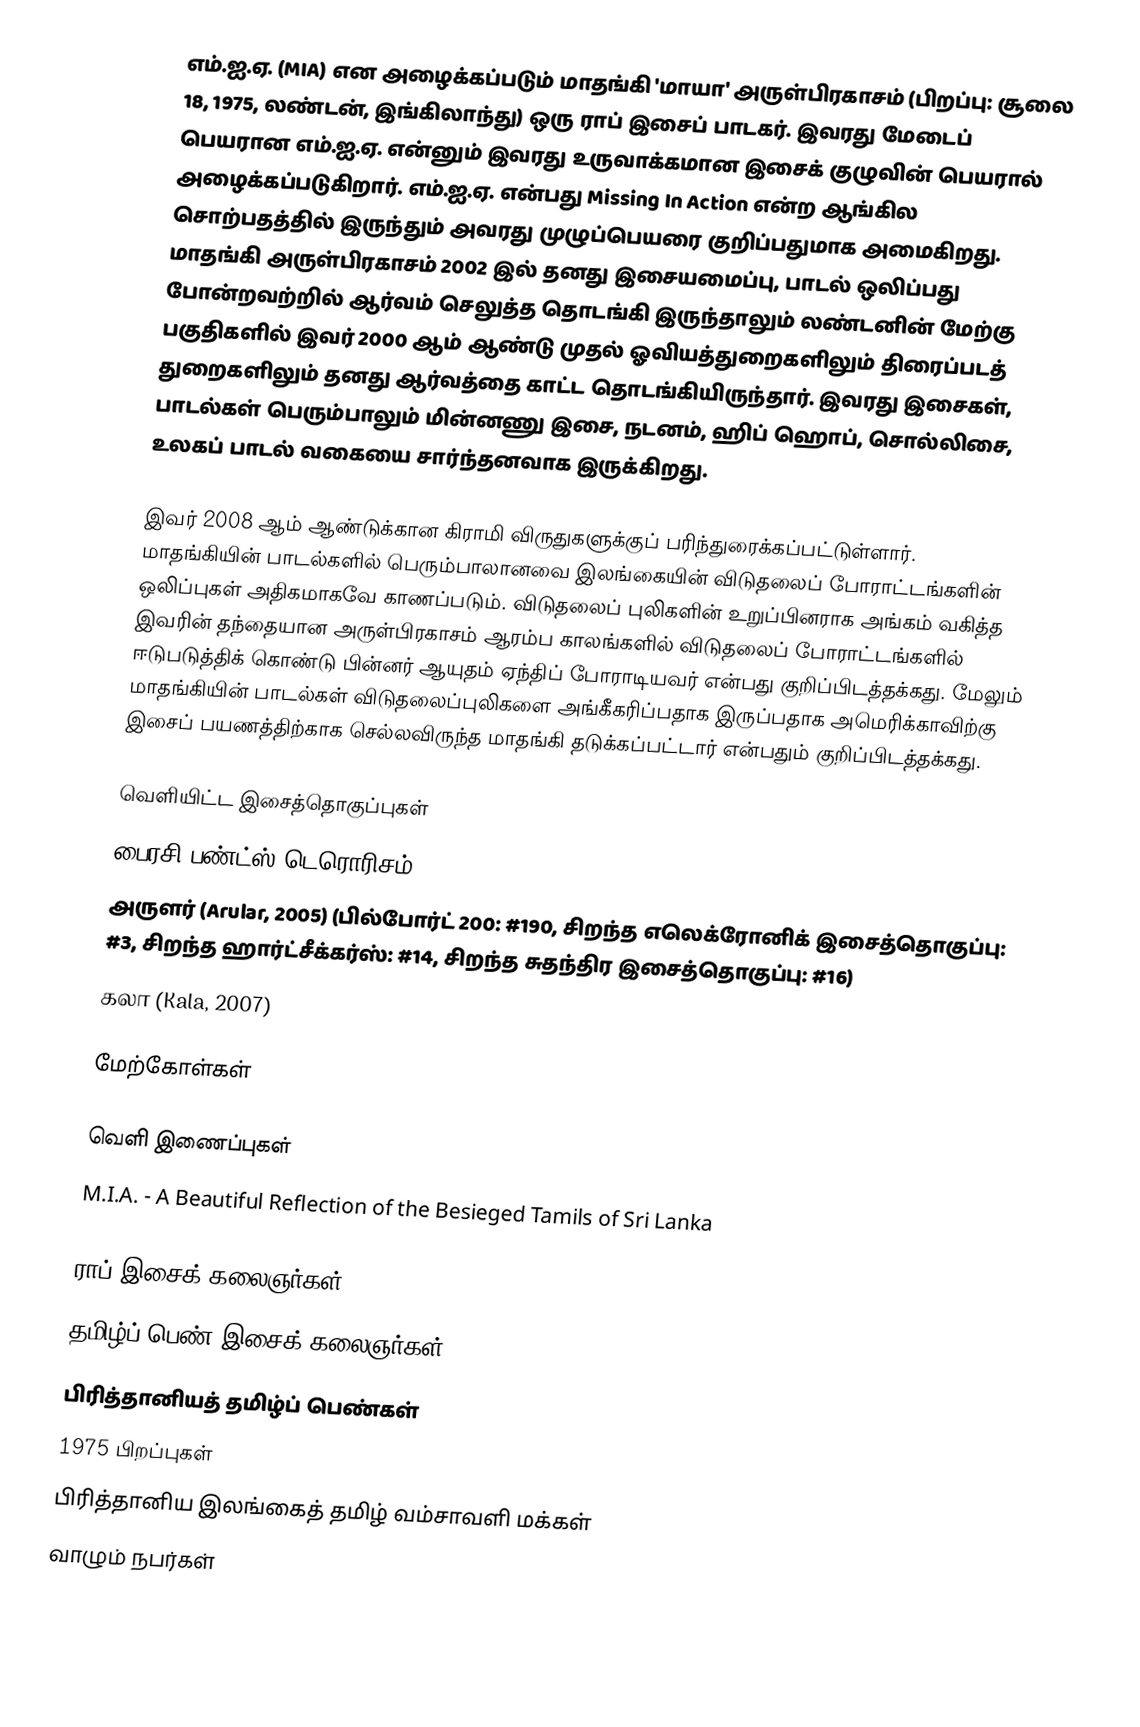
எம்.ஐ.ஏ. (MIA) என அழைக்கப்படும் மாதங்கி 'மாயா' அருள்பிரகாசம் (பிறப்பு: சூலை 18, 1975, லண்டன், இங்கிலாந்து) ஒரு ராப் இசைப் பாடகர். இவரது மேடைப் பெயரான எம்.ஐ.ஏ. என்னும் இவரது உருவாக்கமான இசைக் குழுவின் பெயரால் அழைக்கப்படுகிறார். எம்.ஐ.ஏ. என்பது Missing In Action என்ற ஆங்கில சொற்பதத்தில் இருந்தும் அவரது முழுப்பெயரை குறிப்பதுமாக அமைகிறது. மாதங்கி அருள்பிரகாசம் 2002 இல் தனது இசையமைப்பு, பாடல் ஒலிப்பது போன்றவற்றில் ஆர்வம் செலுத்த தொடங்கி இருந்தாலும் லண்டனின் மேற்கு  பகுதிகளில் இவர் 2000 ஆம் ஆண்டு முதல் ஓவியத்துறைகளிலும் திரைப்படத் துறைகளிலும் தனது ஆர்வத்தை காட்ட தொடங்கியிருந்தார். இவரது இசைகள், பாடல்கள் பெரும்பாலும் மின்னணு இசை, நடனம், ஹிப் ஹொப், சொல்லிசை, உலகப் பாடல் வகையை சார்ந்தனவாக இருக்கிறது.

இவர் 2008 ஆம் ஆண்டுக்கான கிராமி விருதுகளுக்குப் பரிந்துரைக்கப்பட்டுள்ளார். மாதங்கியின் பாடல்களில் பெரும்பாலானவை இலங்கையின் விடுதலைப் போராட்டங்களின் ஒலிப்புகள் அதிகமாகவே காணப்படும். விடுதலைப் புலிகளின் உறுப்பினராக அங்கம் வகித்த இவரின் தந்தையான அருள்பிரகாசம் ஆரம்ப காலங்களில் விடுதலைப் போராட்டங்களில் ஈடுபடுத்திக் கொண்டு பின்னர் ஆயுதம் ஏந்திப் போராடியவர் என்பது குறிப்பிடத்தக்கது. மேலும் மாதங்கியின் பாடல்கள் விடுதலைப்புலிகளை அங்கீகரிப்பதாக இருப்பதாக அமெரிக்காவிற்கு இசைப் பயணத்திற்காக செல்லவிருந்த மாதங்கி தடுக்கப்பட்டார் என்பதும் குறிப்பிடத்தக்கது.

வெளியிட்ட இசைத்தொகுப்புகள்
 பைரசி பண்ட்ஸ் டெரொரிசம் (Piracy Funds Terrorism (2004) )
 அருளர் (Arular, 2005) (பில்போர்ட் 200: #190, சிறந்த எலெக்ரோனிக் இசைத்தொகுப்பு: #3, சிறந்த ஹார்ட்சீக்கர்ஸ்: #14, சிறந்த சுதந்திர இசைத்தொகுப்பு: #16)
 கலா (Kala, 2007)

மேற்கோள்கள்

வெளி இணைப்புகள்
M.I.A. - A Beautiful Reflection of the Besieged Tamils of Sri Lanka

ராப் இசைக் கலைஞர்கள்
தமிழ்ப் பெண் இசைக் கலைஞர்கள்
பிரித்தானியத் தமிழ்ப் பெண்கள்
1975 பிறப்புகள்
பிரித்தானிய இலங்கைத் தமிழ் வம்சாவளி மக்கள்
வாழும் நபர்கள்